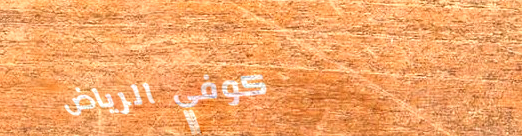
كوفي الرياض